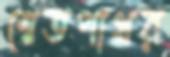
শ্বেতপাথর